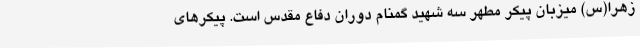
زهرا(س) میزبان پیکر مطهر سه شهید گمنام دوران دفاع مقدس است. پیکرهای